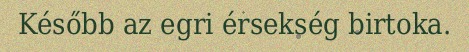
Később az egri érsekség birtoka.